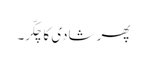
پھر شادی کا چکّر۔